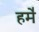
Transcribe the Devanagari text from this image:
हमे॑